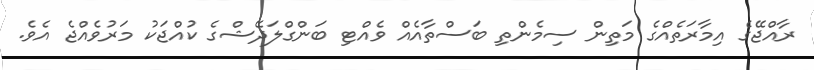
ރާއްޖޭގެ އިމާރަތެއްގެ މަތިން ސިމެންތި ބަސްތާއެއް ވެއްޓި ބަންގްލަދޭޝްގެ ކުއްޖަކު މަރުވެއްޖެ އެވެ.